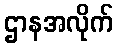
ဌာနအလိုက်